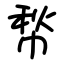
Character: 㡑